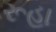
રૂહા